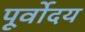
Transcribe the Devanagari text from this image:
पूर्वोदय